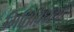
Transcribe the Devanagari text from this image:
गितिविधयां